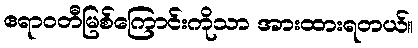
ဧရာဝတီမြစ်ကြောင်းကိုသာ အားထားရတယ်။